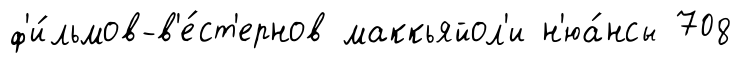
ф'и́льмов-в'е́ст'ернов маккьяйол'и н'юа́нсы 708